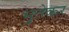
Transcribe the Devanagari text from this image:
भुतेकर